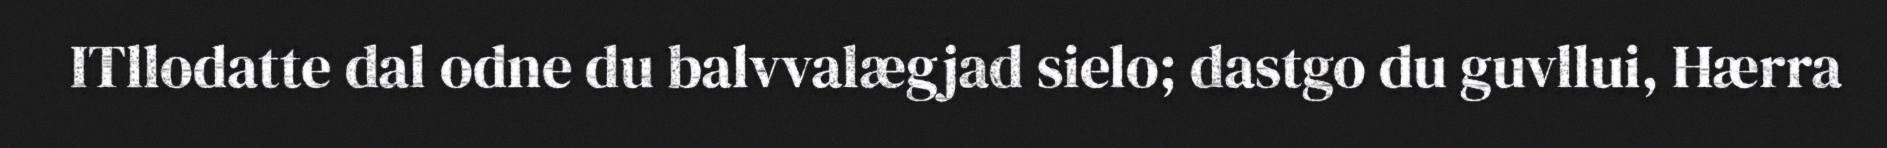
ITllodatte dal odne du balvvalægjad sielo; dastgo du guvllui, Hærra